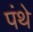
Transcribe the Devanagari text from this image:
पंथे